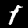
Digit: 1